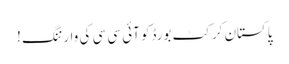
پاکستان کرکٹ بورڈکو آئی سی سی کی وارننگ !